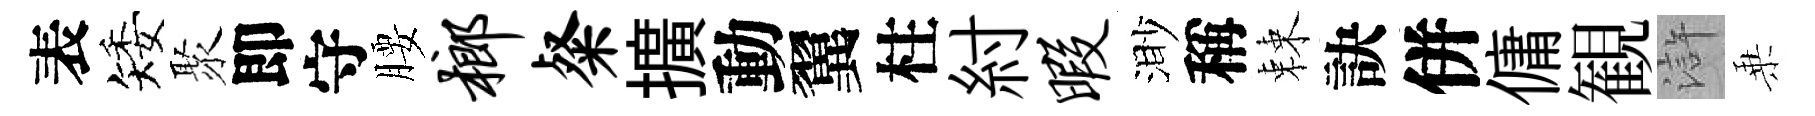
表矮聚即守腰榔粲擴動翼柱紂暇渺稱棘訣併傭観滸乗